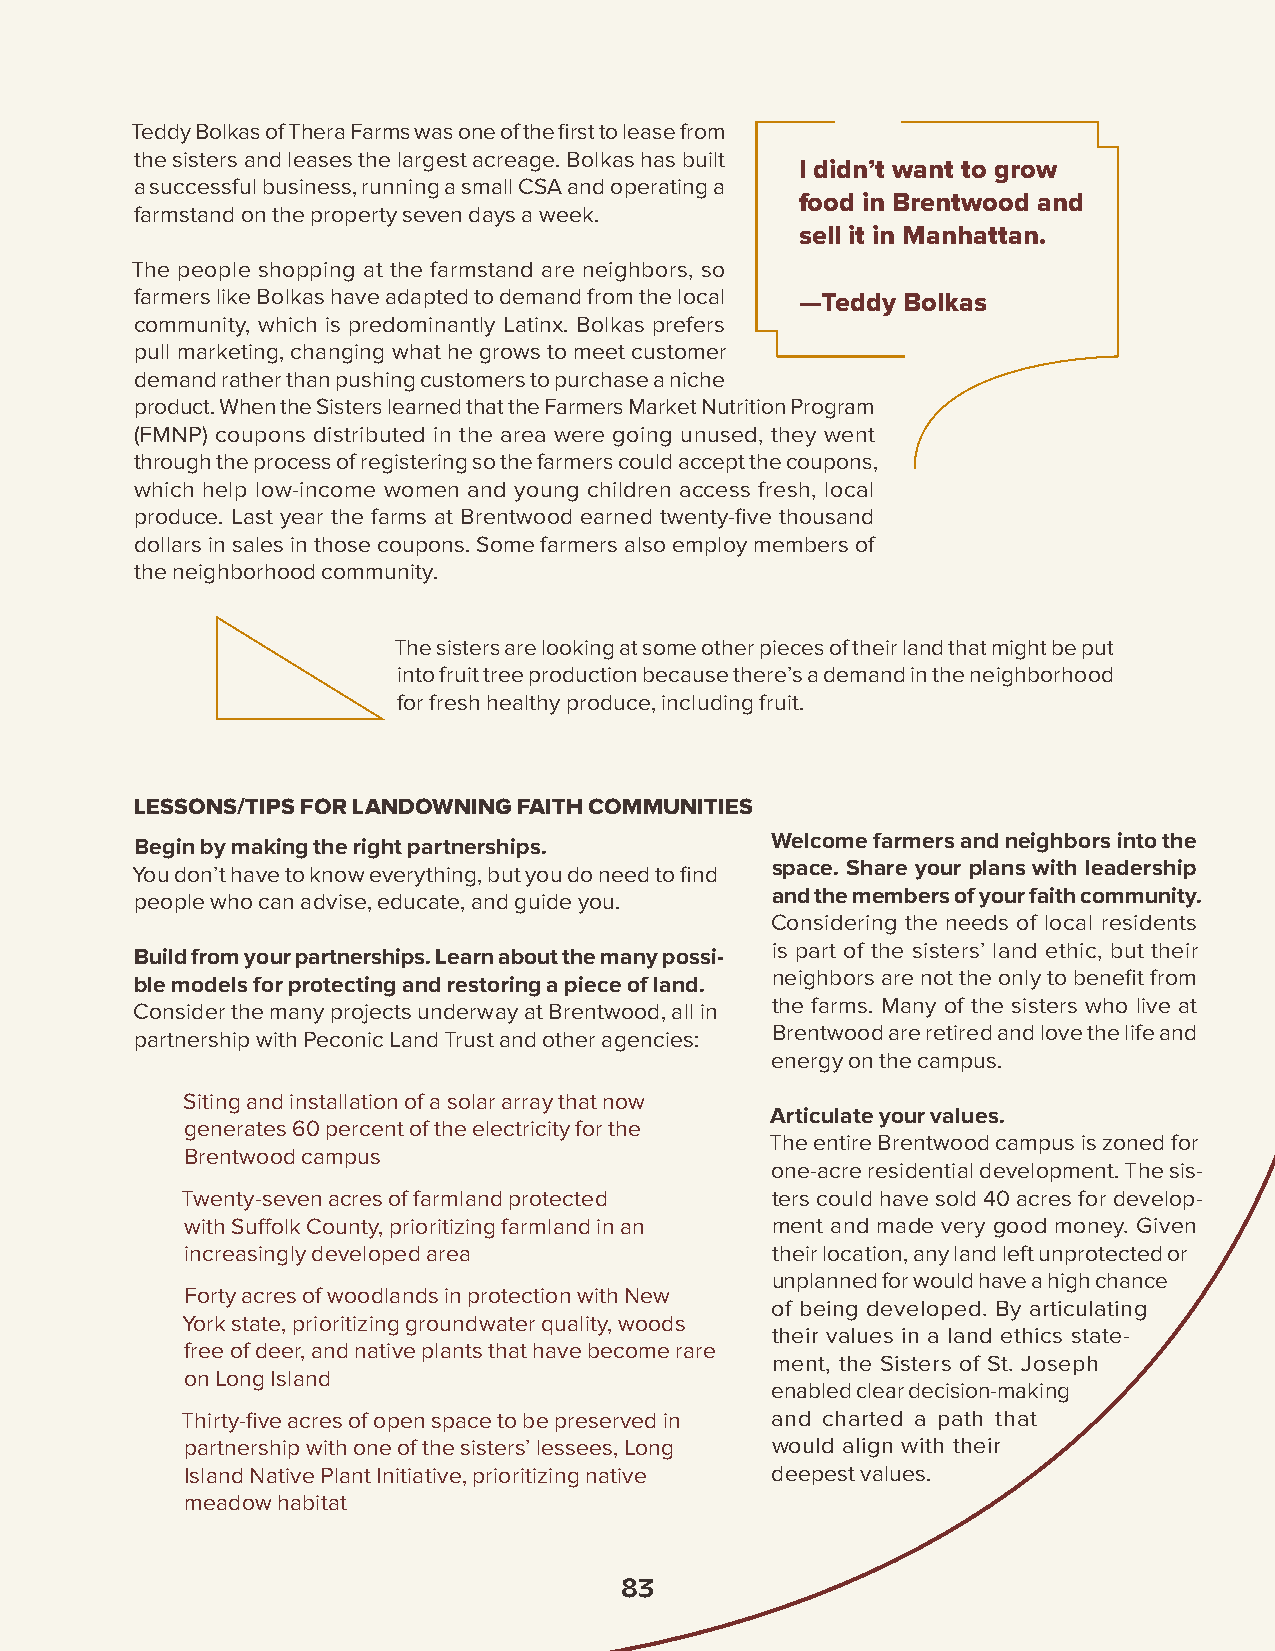
Teddy Bolkas of Thera Farms was one of the first to lease from
 the sisters and leases the largest acreage. Bolkas has built
 I didn’t want to grow
 a successful business, running a small CSA and operating a
 food in Brentwood and
 farmstand on the property seven days a week.
 sell it in Manhattan.
 The people shopping at the farmstand are neighbors, so
 farmers like Bolkas have adapted to demand from the local —Teddy Bolkas
 community, which is predominantly Latinx. Bolkas prefers
 pull marketing, changing what he grows to meet customer
 demand rather than pushing customers to purchase a niche
 product. When the Sisters learned that the Farmers Market Nutrition Program
 (FMNP) coupons distributed in the area were going unused, they went
 through the process of registering so the farmers could accept the coupons,
 which help low-income women and young children access fresh, local
 produce. Last year the farms at Brentwood earned twenty-five thousand
 dollars in sales in those coupons. Some farmers also employ members of
 the neighborhood community.
 The sisters are looking at some other pieces of their land that might be put
 into fruit tree production because there’s a demand in the neighborhood
 for fresh healthy produce, including fruit.
 LESSONS/TIPS FOR LANDOWNING FAITH COMMUNITIES
 Begin by making the right partnerships.   Welcome farmers and neighbors into the
 You don’t have to know everything, but you do need to find space. Share your plans with leadership
 people who can advise, educate, and guide you. and the members of your faith community.
 Considering the needs of local residents
 is part of the sisters’ land ethic, but their
 Build from your partnerships. Learn about the many possi-
 neighbors are not the only to benefit from
 ble models for protecting and restoring a piece of land.
 Consider the many projects underway at Brentwood, all in the farms. Many of the sisters who live at
 partnership with Peconic Land Trust and other agencies: Brentwood are retired and love the life and
 energy on the campus.
 Siting and installation of a solar array that now
 Articulate your values.
 generates 60 percent of the electricity for the
 The entire Brentwood campus is zoned for
 Brentwood campus
 one-acre residential development. The sis-
 Twenty-seven acres of farmland protected ters could have sold 40 acres for develop-
 with Suffolk County, prioritizing farmland in an ment and made very good money. Given
 increasingly developed area            their location, any land left unprotected or
 unplanned for would have a high chance
 Forty acres of woodlands in protection with New
 of being developed. By articulating
 York state, prioritizing groundwater quality, woods
 their values in a land ethics state-
 free of deer, and native plants that have become rare
 ment, the Sisters of St. Joseph
 on Long Island
 enabled clear decision-making
 Thirty-five acres of open space to be preserved in and charted a path that
 partnership with one of the sisters’ lessees, Long would align with their
 Island Native Plant Initiative, prioritizing native deepest values.
 meadow habitat
 83